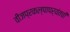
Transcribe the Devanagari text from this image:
वीजप्रकल्पापर्यंतची